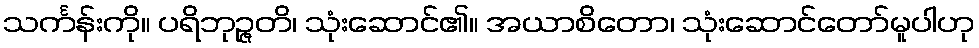
သင်္ကန်းကို။ ပရိဘုဉ္ဇတိ၊ သုံးဆောင်၏။ အယာစိတော၊ သုံးဆောင်တော်မူပါဟု